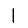
Digit: 1